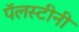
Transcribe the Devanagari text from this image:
पॅलस्टीनी